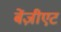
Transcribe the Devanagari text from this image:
बेंज़ीएट